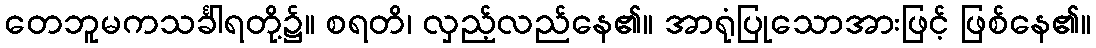
တေဘူမကသင်္ခါရတို့၌။ စရတိ၊ လှည့်လည်နေ၏။ အာရုံပြုသောအားဖြင့် ဖြစ်နေ၏။